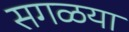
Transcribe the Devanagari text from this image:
सगळया